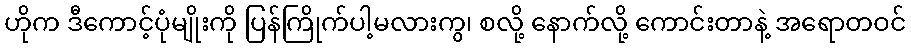
ဟိုက ဒီကောင့်ပုံမျိုးကို ပြန်ကြိုက်ပါ့မလားကွ၊ စလို့ နောက်လို့ ကောင်းတာနဲ့ အရောတဝင်